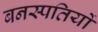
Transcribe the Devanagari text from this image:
बनस्पतियों